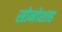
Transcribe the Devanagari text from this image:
सोनोशाह